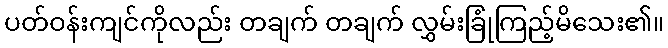
ပတ်ဝန်းကျင်ကိုလည်း တချက် တချက် လွှမ်းခြုံကြည့်မိသေး၏။